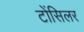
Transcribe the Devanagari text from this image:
टोंसिलर